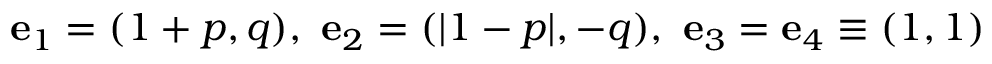
\mathbf { e } _ { 1 } = ( 1 + p , q ) , ~ \mathbf { e } _ { 2 } = ( | 1 - p | , - q ) , ~ \mathbf { e } _ { 3 } = \mathbf { e } _ { 4 } \equiv ( 1 , 1 )